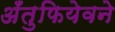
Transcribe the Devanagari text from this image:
अँतुफियेवने